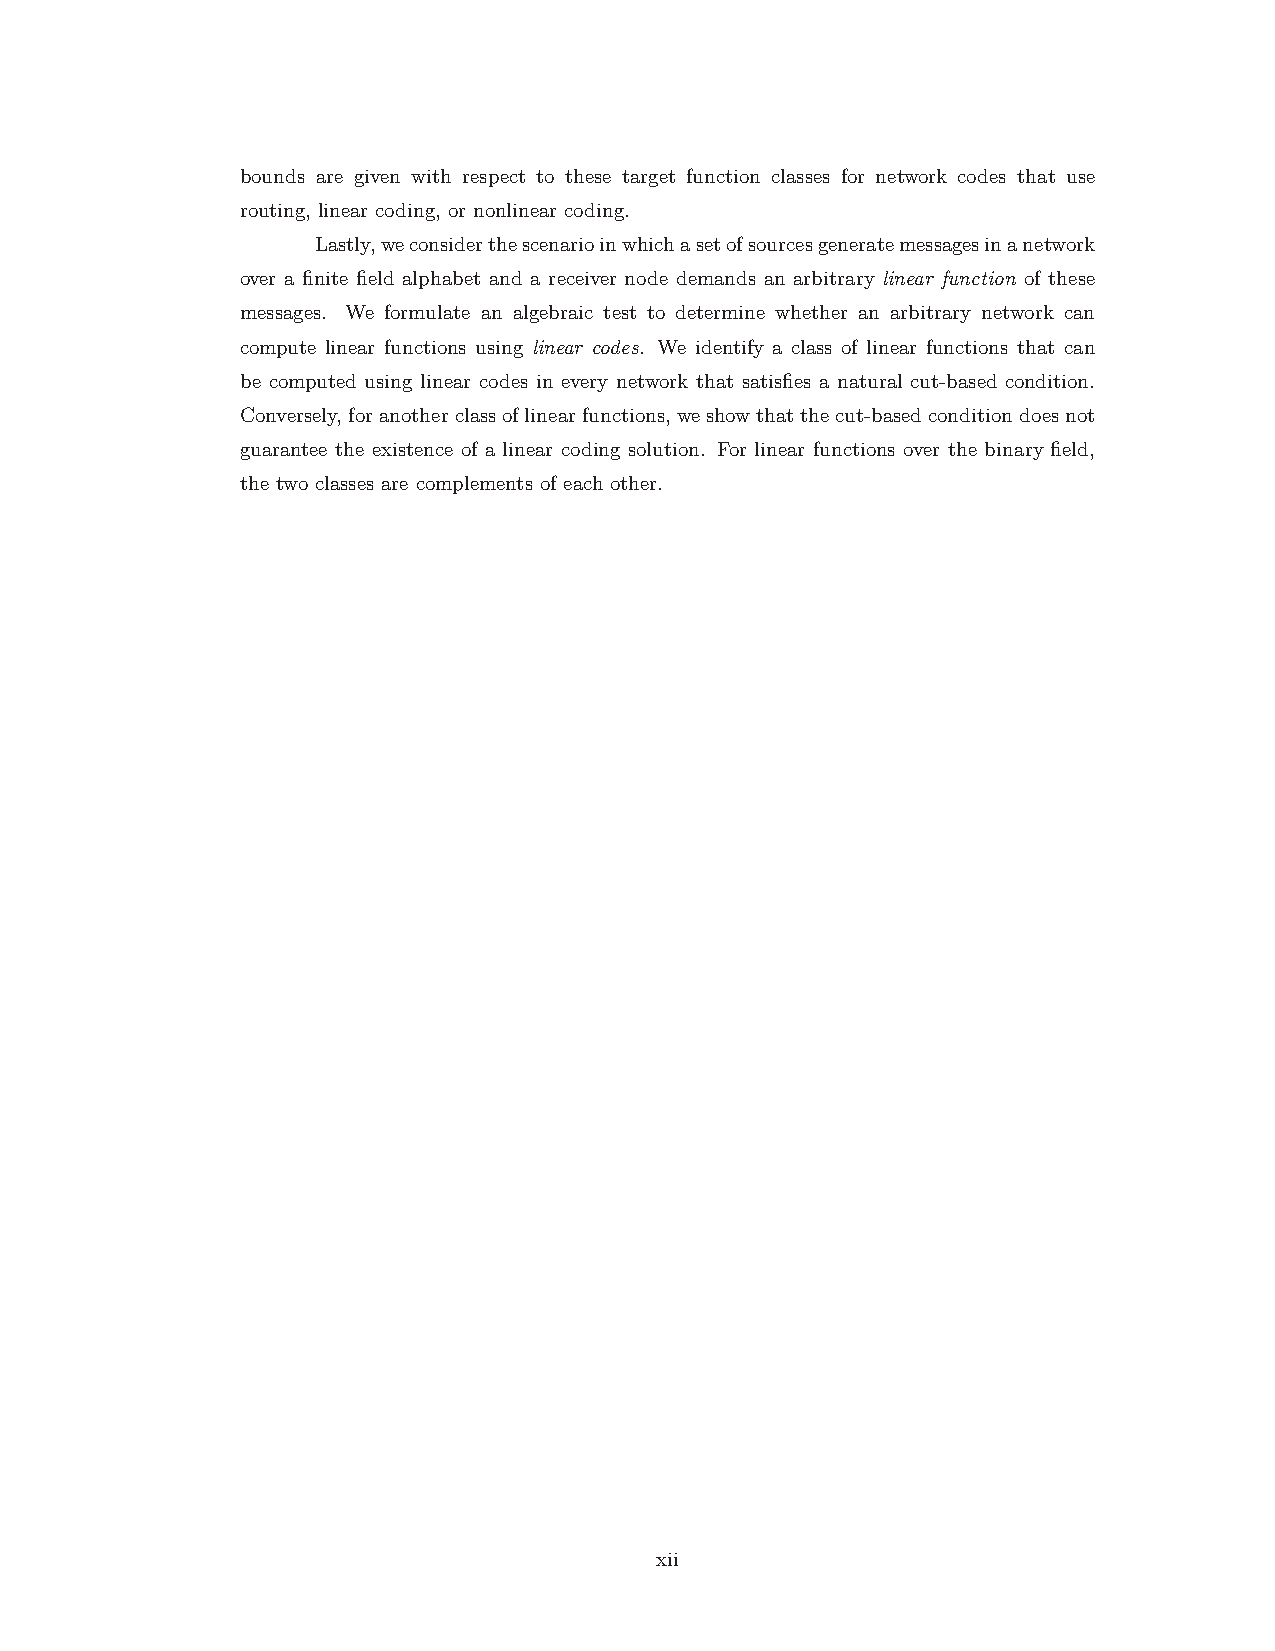
bounds are given with respect to these target function classes for network codes that use
 routing, linear coding, or nonlinear coding.
 Lastly,weconsiderthescenarioinwhichasetofsourcesgeneratemessagesinanetwork
 over a finite field alphabet and a receiver node demands an arbitrary linear function of these
 messages. We formulate an algebraic test to determine whether an arbitrary network can
 compute linear functions using linear codes. We identify a class of linear functions that can
 be computed using linear codes in every network that satisfies a natural cut-based condition.
 Conversely, foranotherclassoflinearfunctions, weshowthatthecut-basedconditiondoesnot
 guarantee the existence of a linear coding solution. For linear functions over the binary field,
 the two classes are complements of each other.
 xii